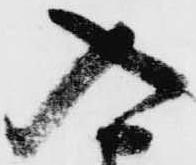
入